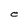
Character: e